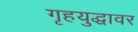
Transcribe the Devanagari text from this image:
गृहयुद्धावर